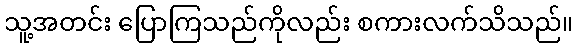
သူ့အတင်း ပြောကြသည်ကိုလည်း စကားလက်သိသည်။